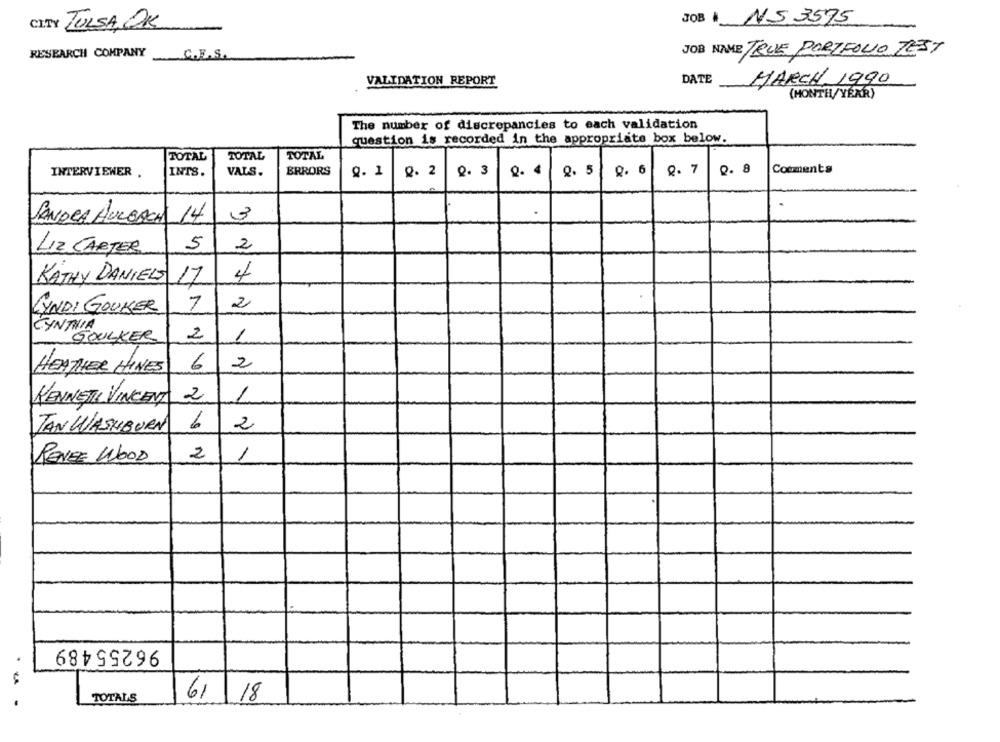
JOB à NS 3575
TULSA, OK
RESEARCH COMPANY
JOB NAME TRUE PORTFOLIO TEST
C.E.S.
VALIDATION REPORT
DATE
MARCH 1990
(MONTH/YEAR)
The number of discrepancies to each validation
question is recorded in the appropriate box below.
TOTAL
TOTAL
TOTAL
Q. 1
0. 3
Q. 5
9. 6
8. 7
0. 8
Comments
INTERVIEWER .
INTS.
VAIS.
ERRORS
Q. 2
4
3
.
SANDRA AULBACH 14
LIZ CARTER
5
2
KATHY DANIELS 17
4
2
LYNDI GOUKER
7
CYNTHIA
SOULKER
2
1
HEATHER HINES
6
2
2
1
KENNETH VINCENT
JAN WASHBURN
2
2
RENEE WOOD
96255489
TOTALS
61/ 18